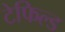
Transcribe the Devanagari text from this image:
टेफिल्ड